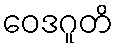
ဝေဒဂူတိ